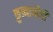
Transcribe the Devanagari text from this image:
कुत्र्याचीही